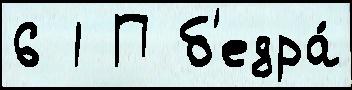
6 1 П б'едра́